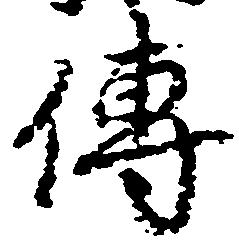
伝